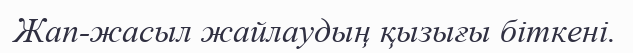
Жап-жасыл жайлаудың қызығы біткені.